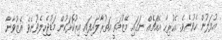
އުފަލުން ހެވުނެވެ. އެހުރިހާ އެއްޗެއް ނަގައި މޭޒުމަތީ އަތުރާލައިފައި އިރުކޮޅަކުން މަޑުޖެހިލެވުނެވެ އެޒުވާނާ